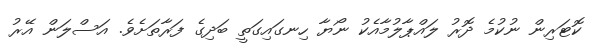
ކޮޓަރިން ނުކުމެ ދޮރު ލައްޕާލުމާއެކު ނޯޔާ ހިނގައިގަތީ ބަދިގެ ފަރާތަށެވެ. އަސްލަން އޭރު